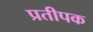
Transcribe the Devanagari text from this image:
प्रतीपक